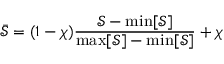
\bar { \mathcal { S } } = ( 1 - \chi ) \frac { \mathcal { S } - \operatorname* { m i n } [ \mathcal { S } ] } { \operatorname* { m a x } [ \mathcal { S } ] - \operatorname* { m i n } [ \mathcal { S } ] } + \chi